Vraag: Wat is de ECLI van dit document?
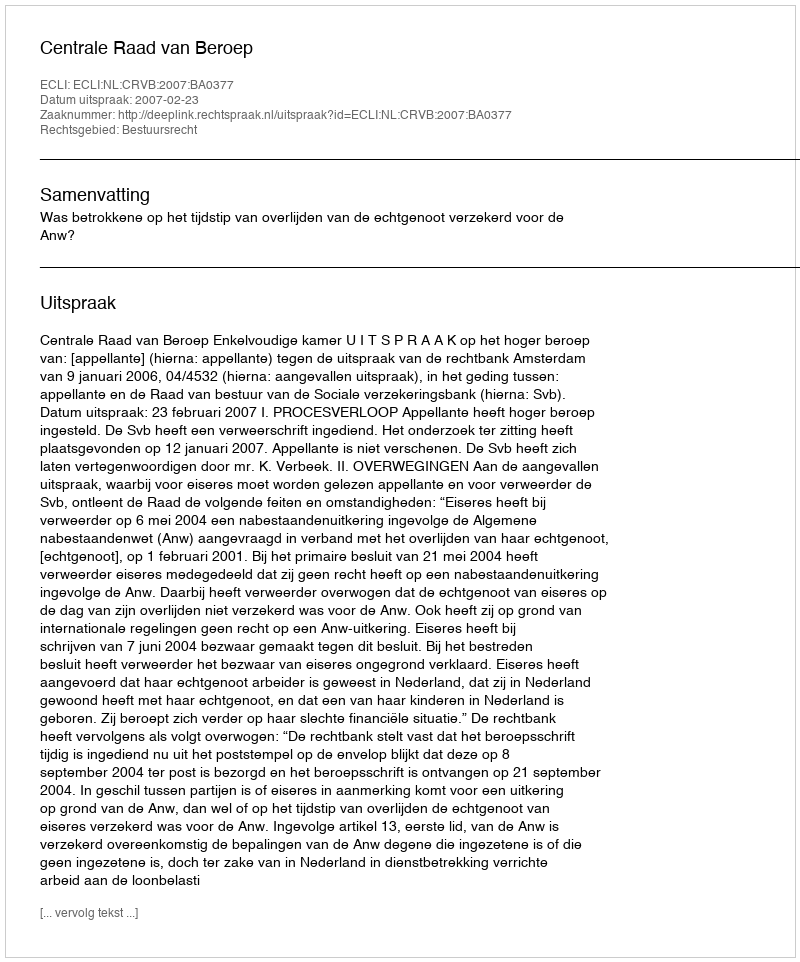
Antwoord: ECLI:NL:CRVB:2007:BA0377